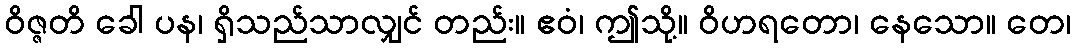
ဝိဇ္ဇတိ ခေါ ပန၊ ရှိသည်သာလျှင် တည်း။ ဧဝံ၊ ဤသို့။ ဝိဟရတော၊ နေသော။ တေ၊